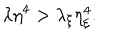
\lambda \eta ^ { 4 } > \lambda _ { \xi } \eta _ { \xi } ^ { 4 } .